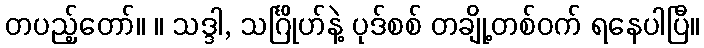
တပည့်တော်။ ။ သဒ္ဒါ, သင်္ဂြိုဟ်နဲ့ ပုဒ်စစ် တချို့တစ်ဝက် ရနေပါပြီ။